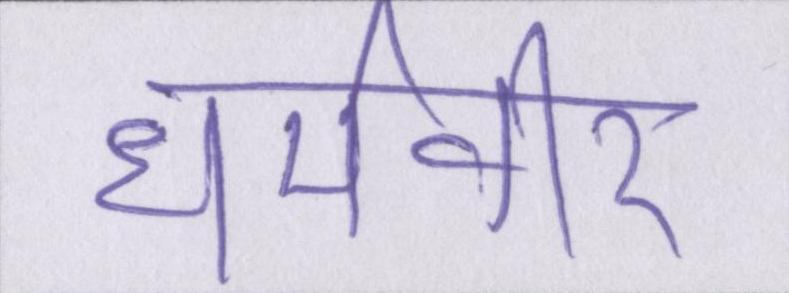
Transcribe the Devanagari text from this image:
धर्मवीर